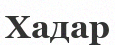
Хадар